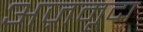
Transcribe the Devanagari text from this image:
अज़मूदा